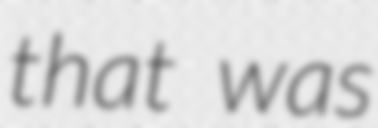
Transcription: that was